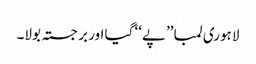
لاہوری لمبا ’’پے‘‘ گیا اور برجستہ بولا۔